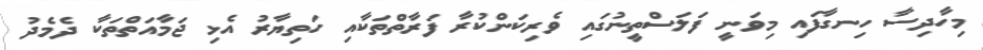
މިހާދިސާ ހިނގާފައި މިވަނީ ފަލަސްތީނުގައި ވެރިކަންކުރާ ފަރާތްތަކާއި ހަތިޔާރު އެޅި ޖަމާއަތްތަކާ ދެމެދު